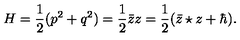
H = \frac { 1 } { 2 } ( p ^ { 2 } + q ^ { 2 } ) = \frac { 1 } { 2 } { \bar { z } } z = \frac { 1 } { 2 } ( { \bar { z } } \star z + \hbar ) .